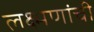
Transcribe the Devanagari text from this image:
लक्ष्मणांची